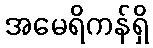
အမေရိကန်ရှိ